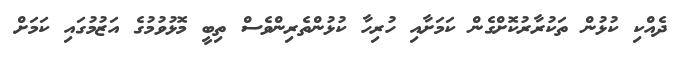
ދެއްކި ކުޅުން ތަކުރާރުކޮށްގެން ކަމަށާއި ހުރިހާ ކުޅުންތެރިންވެސް ތިބީ މޮޅުވުމުގެ އަޒުމުގައި ކަމަށް